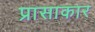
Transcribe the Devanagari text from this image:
प्रासाकार